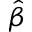
\hat { \beta }